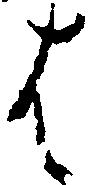
は